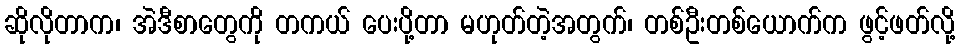
ဆိုလိုတာက၊ အဲဒီစာတွေကို တကယ် ပေးပို့တာ မဟုတ်တဲ့အတွက်၊ တစ်ဦးတစ်ယောက်က ဖွင့်ဖတ်လို့